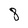
Character: 8